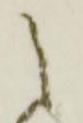
之